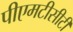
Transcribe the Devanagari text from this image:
पीएमटीसीटी